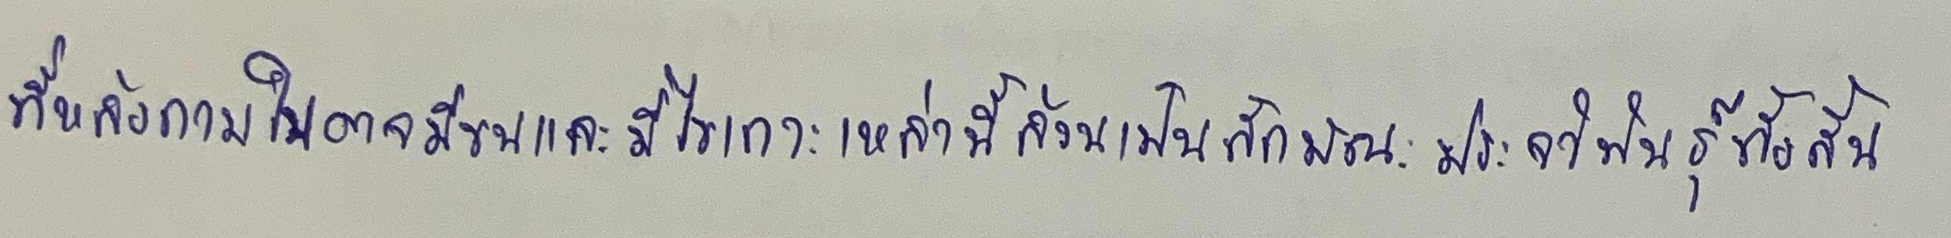
ที่หลังกาบใบอาจมีขนและมีไขเกาะเหล่านี้ล้วนเป็นลักษณะประจำพันธุ์ทั้งสิ้น